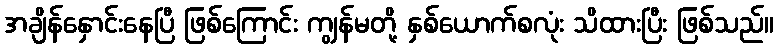
အချိန်နှောင်းနေပြီ ဖြစ်ကြောင်း ကျွန်မတို့ နှစ်ယောက်စလုံး သိထားပြီး ဖြစ်သည်။